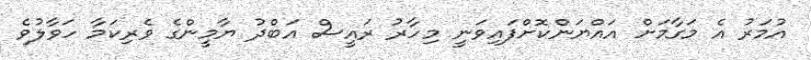
އުމަރު އެ މަގާމަށް އައްޔަންކޮށްފައިވަނީ މިހާރު ރައީސް އަބްދު ޔާމީންގެ ވެރިކަމާ ހަވާލުވެ